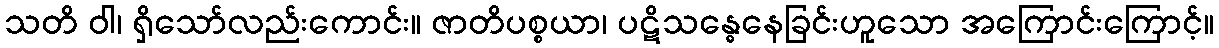
သတိ ဝါ၊ ရှိသော်လည်းကောင်း။ ဇာတိပစ္စယာ၊ ပဋိသန္ဓေနေခြင်းဟူသော အကြောင်းကြောင့်။